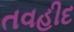
તવહીદ